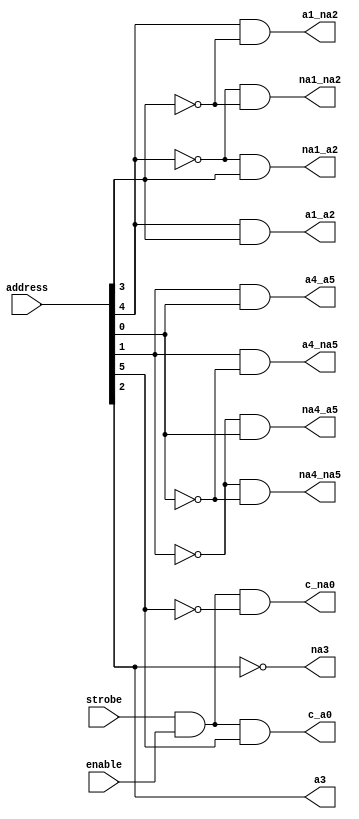
//  IBM Corp. 2021
// Licensed under the Apache License, Version 2.0 (the "License"), as modified by the terms below; you may not use the files in this
// repository except in compliance with the License as modified.
// You may obtain a copy of the License at http://www.apache.org/licenses/LICENSE-2.0
//
// Modified Terms:
//
//   1)	For the purpose of the patent license granted to you in Section 3 of the License, the "Work" hereby includes implementations of
//   the work of authorship in physical form.
//
// Unless required by applicable law or agreed to in writing, the reference design distributed under the License is distributed on an
// "AS IS" BASIS, WITHOUT WARRANTIES OR CONDITIONS OF ANY KIND, either express or implied. See the License for the specific language
// governing permissions and limitations under the License.
//
// Brief explanation of modifications:
//
// Modification 1: This modification extends the patent license to an implementation of the Work in physical form  i.e.,
// it unambiguously permits a user to make and use the physical chip.

// Predecode of 6 address bits into 4 one hot encodings

`timescale 1 ns / 1 ns

module predecode (

    strobe,
    enable,
    address,

    // 12 predecoded address lines 2 - 4 - 2 - 4 one hot encoding
    c_na0,  // clock and not address(0)
    c_a0,   // clock and address(0)
    na1_na2,// not address(1) and not address(2)
    na1_a2, // not address(1) and address(2)
    a1_na2, // address(1) and not address(2)
    a1_a2,  // address(1) and address(2)
    na3,    // not address(3)
    a3,     // address(3)
    na4_na5,// not address(4) and not address(5)
    na4_a5, // not address(4) address(5)
    a4_na5, // address(4) and not address(5)
    a4_a5   // address(4) and address(5)

);

   input       strobe;
   input 	   enable;
   input [0:5] address;

   output 	   c_na0;
   output 	   c_a0;
   output 	   na1_na2;
   output 	   na1_a2;
   output 	   a1_na2;
   output 	   a1_a2;  // address(1) and address(2)
   output 	   na3;    // not address(3)
   output 	   a3;     // address(3)
   output 	   na4_na5;// not address(4) and not address(5)
   output 	   na4_a5; // not address(4) address(5)
   output 	   a4_na5; // address(4) and not address(5)
   output 	   a4_a5;  // address(4) and address(5)

   wire clock_enable;

   wire [0:5] inv_address;

   wire n_c_na0;
   wire n_c_a0;
   wire n_na1_na2;
   wire n_na1_a2;
   wire n_a1_na2;
   wire n_a1_a2;
   wire n_na4_na5;
   wire n_na4_a5;
   wire n_a4_na5;
   wire n_a4_a5;


  // and read or write enable with clock
  // does this need to be SSB placed?
  assign clock_enable = strobe & enable;


  assign inv_address[0] = (~(address[0]));
  assign inv_address[1] = (~(address[1]));
  assign inv_address[2] = (~(address[2]));
  assign inv_address[3] = (~(address[3]));
  assign inv_address[4] = (~(address[4]));
  assign inv_address[5] = (~(address[5]));


  // A(0) address predecode and gating with clock

  assign c_na0 = clock_enable & inv_address[0];

  assign c_a0 = clock_enable & address[0];


  // A(1:2) address predecode

  assign na1_na2 = inv_address[1] & inv_address[2];

  assign na1_a2 = inv_address[1] & address[2];

  assign a1_na2 = address[1] & inv_address[2];

  assign a1_a2 = address[1] & address[2];


  // A(3) address predecode

  assign na3 = inv_address[3];
  assign a3  = address[3];

  // A(4:5) address predecode

  assign na4_na5 = inv_address[4] & inv_address[5];

  assign na4_a5 = inv_address[4] & address[5];

  assign a4_na5 = address[4] & inv_address[5];
  assign a4_a5 = address[4] & address[5];

endmodule